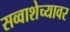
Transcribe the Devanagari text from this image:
सव्वाशेच्यावर